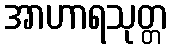
အာဟာရသုတ္တ